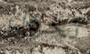
تخون